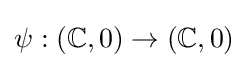
\psi :(\mathbb {C} ,0)\to (\mathbb {C} ,0)